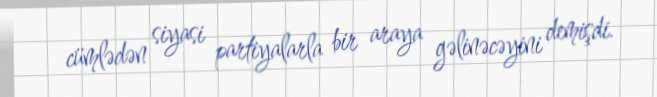
cümlədən siyasi partiyalarla bir araya gəlinəcəyini demişdi.